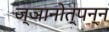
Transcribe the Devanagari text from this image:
ज्ञानोत्पन्न